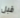
قبل